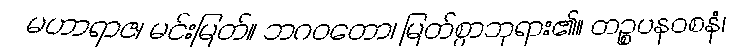
မဟာရာဇ၊ မင်းမြတ်။ ဘဂဝတော၊ မြတ်စွာဘုရား၏။ တဉ္စပနဝစနံ၊